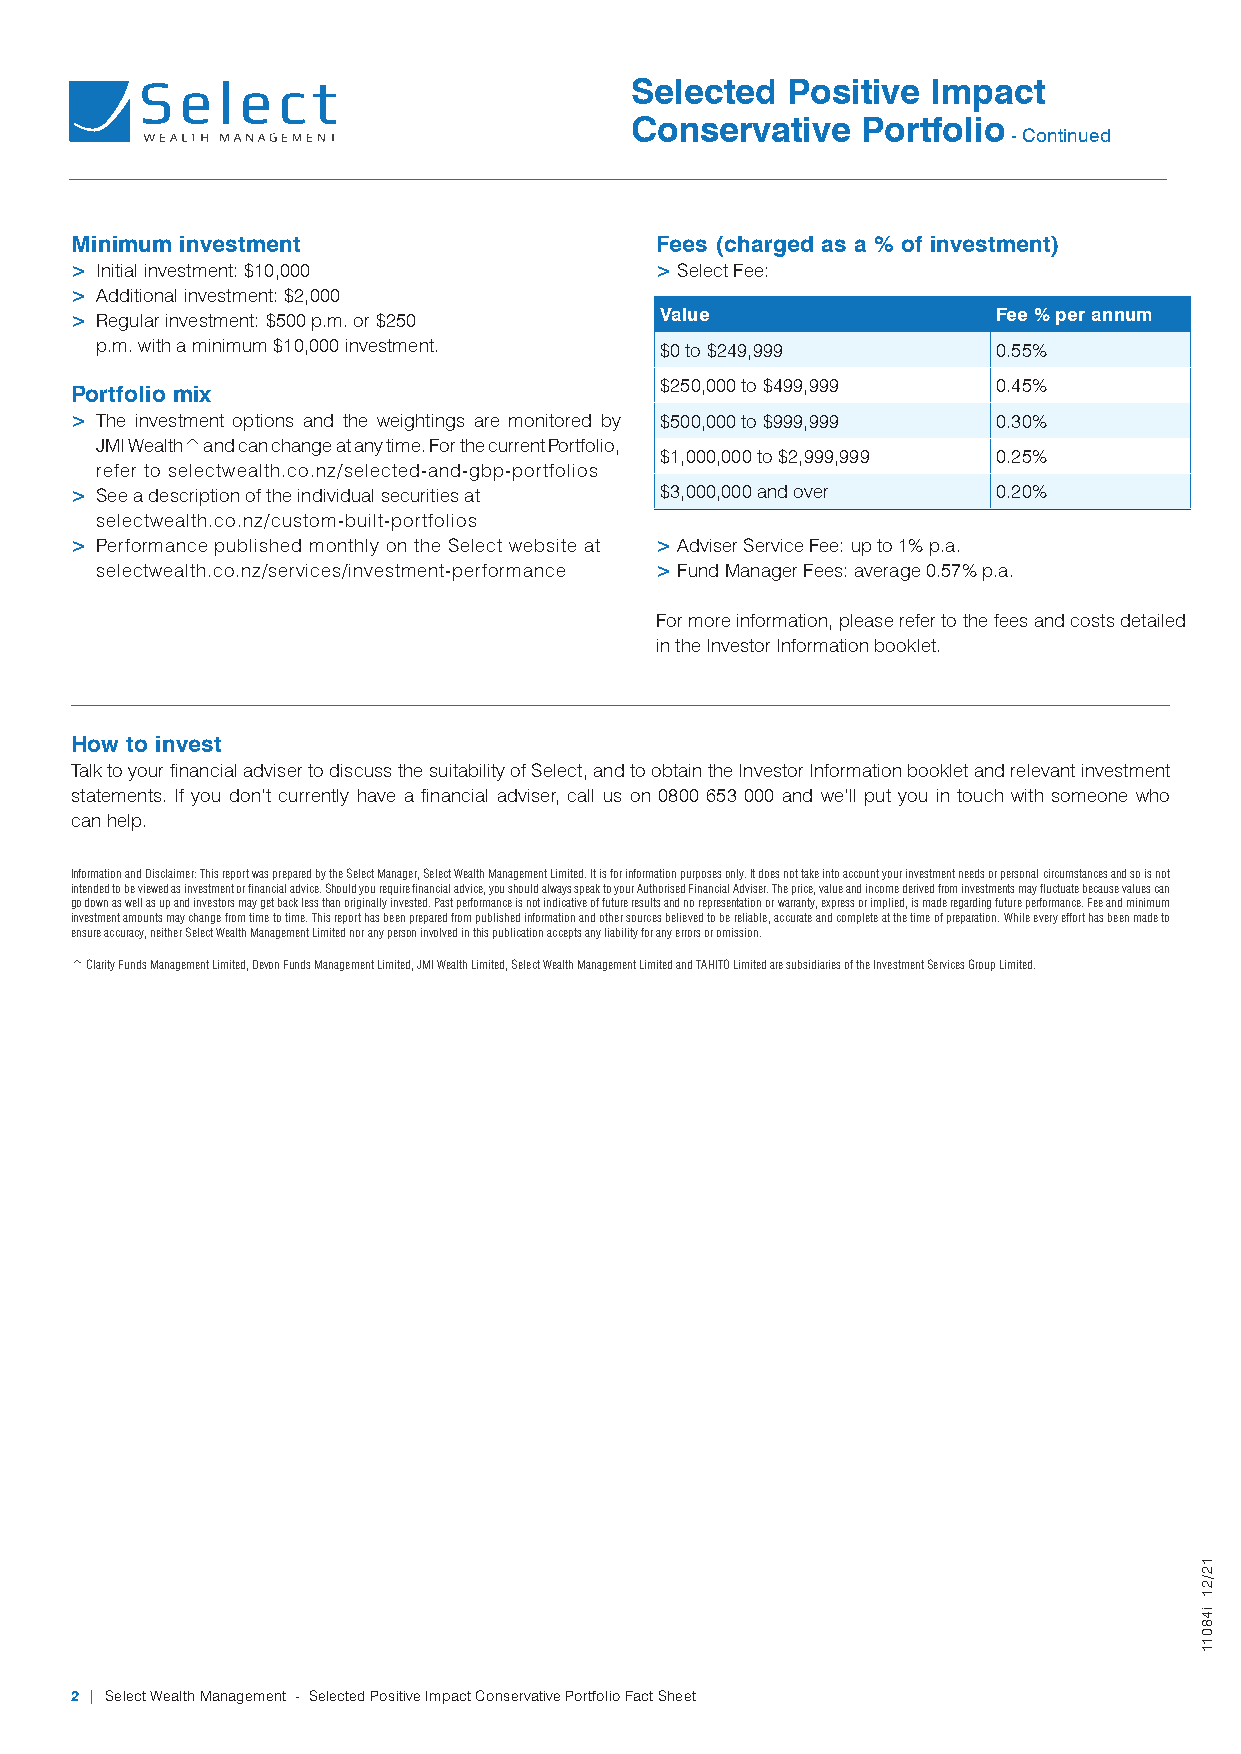
Selected  Positive  Impact
 Conservative   Portfolio
 - Continued
 Minimum investment                    Fees (charged as a % of investment)
 > Initial investment: $10,000         > Select Fee:
 > Additional investment: $2,000
 > Regular investment: $500 p.m. or $250 Value                Fee % per annum
 p.m. with a minimum $10,000 investment. $0 to $249,999      0.55%
 $250,000 to $499,999  0.45%
 Portfolio mix
 > The investment options and the weightings are monitored by $500,000 to $999,999 0.30%
 JMI Wealth^ and can change at any time. For the current Portfolio,
 $1,000,000 to $2,999,999 0.25%
 refer to selectwealth.co.nz/selected-and-gbp-portfolios
 > See a description of the individual securities at $3,000,000 and over 0.20%
 selectwealth.co.nz/custom-built-portfolios
 > Performance published monthly on the Select website at > Adviser Service Fee: up to 1% p.a.
 selectwealth.co.nz/services/investment-performance > Fund Manager Fees: average 0.57% p.a.
 For more information, please refer to the fees and costs detailed
 in the Investor Information booklet.
 How to invest
 Talk to your financial adviser to discuss the suitability of Select, and to obtain the Investor Information booklet and relevant investment
 statements. If you don’t currently have a financial adviser, call us on 0800 653 000 and we’ll put you in touch with someone who
 can help.
 Information and Disclaimer: This report was prepared by the Select Manager, Select Wealth Management Limited. It is for information purposes only. It does not take into account your investment needs or personal circumstances and so is not
 intended to be viewed as investment or financial advice. Should you require financial advice, you should always speak to your Authorised Financial Adviser. The price, value and income derived from investments may fluctuate because values can
 go down as well as up and investors may get back less than originally invested. Past performance is not indicative of future results and no representation or warranty, express or implied, is made regarding future performance. Fee and minimum
 investment amounts may change from time to time. This report has been prepared from published information and other sources believed to be reliable, accurate and complete at the time of preparation. While every effort has been made to
 ensure accuracy, neither Select Wealth Management Limited nor any person involved in this publication accepts any liability for any errors or omission.
 ^ Clarity Funds Management Limited, Devon Funds Management Limited, JMI Wealth Limited, Select Wealth Management Limited and TAHITO Limited are subsidiaries of the Investment Services Group Limited.
 2 | Select Wealth Management - Selected Positive Impact Conservative Portfolio Fact Sheet
 12/21
 i48011